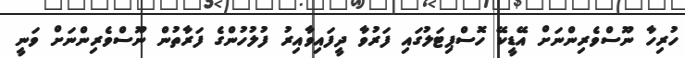
ހުރިހާ ނޫސްވެރިންނަށް އޭޑީކޭ ހޮސްޕިޓަލުގައި ފަރުވާ ދީފައިވާއިރު ފުލުހުންގެ ފަރާތުން ނޫސްވެރިންނަށް ވަނީ